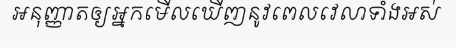
អនុញ្ញាតឲ្យអ្នកមើលឃើញនូវពេលវេលាទាំងអស់